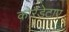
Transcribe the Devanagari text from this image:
कोरडेटाए